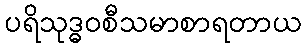
ပရိသုဒ္ဓဝစီသမာစာရတာယ